Vaccination in the Punjab 1905-1918 - 1905-1918
Year: 1905
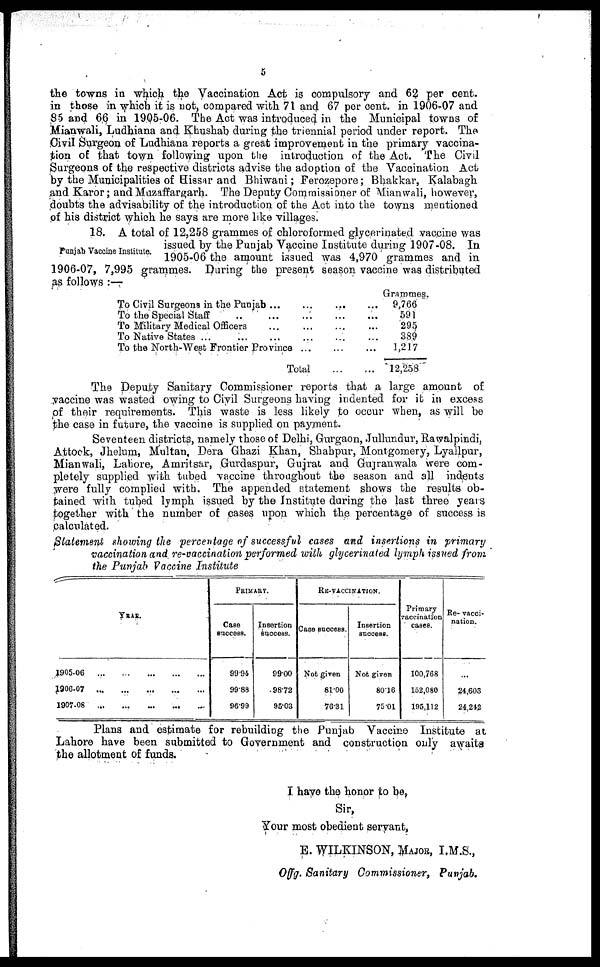
5
the towns in which the Vaccination Act is compulsory and 62 per cent.
in those in which it is not, compared with 71 and 67 per cent. in 1906-07 and
85 and 66 in 1905-06. The Act was introduced in the Municipal towns of
Mianwali, Ludhiana and Khushab during the triennial period under report. The
Civil Surgeon of Ludhiana reports a great improvement in the primary vaccina-
tion of that town following upon the introduction of the Act. The Civil
Surgeons of the respective districts advise the adoption of the Vaccination Act
by the Municipalities of Hissar and Bhiwani; Ferozepore; Bhakkar, Kalabagh
and Karor; and Muzaffargarh. The Deputy Commissioner of Mianwali, however,
doubts the advisability of the introduction of the Act into the towns mentioned
of his district which he says are more like villages.
Punjab Vaccine Institute.
18. A total of 12,258 grammes of chloroformed glycerinated vaccine was
issued by the Punjab Vaccine Institute during 1907-08. In
1905-06 the amount issued was 4,970 grammes and in
1906-07, 7,995 grammes. During the present season vaccine was distributed
as follows :—
To Civil Surgeons in the Punjab
...
...
...
To the Special Staff
...
...
...
...
To Military Medical Officers ... ... ...
To Native States ... ... ... ... ...
To the North-West Frontier Province ... ... ...
Total
...
...
Grammes.
9,766
591
295,
389
1,217
12,258
The Deputy Sanitary Commissioner reports that a large amount of
vaccine was wasted owing to Civil Surgeons having indented for it in excess
of their requirements. This waste is less likely to occur when, as will be
the case in future, the vaccine is supplied on payment.
Seventeen districts, namely those of Delhi, Gurgaon, Jullundur, Rawalpindi,
Attock, Jhelum, Multan, Dera Ghazi Khan, Shahpur, Montgomery, Lyallpur,
Mianwali, Lahore, Amritsar, Gurdaspur, Gujrat and Gujranwala were com-
pletely supplied with tubed vaccine throughout the season and all indents
were fully complied with. The appended statement shows the results ob-
tained with tubed lymph issued by the Institute during the last three years
together with the number of cases upon which the percentage of success is
calculated.
Statement showing the percentage of successful cases and insertions in primary
vaccination and re-vaccination performed with glycerinated lymph issued from
the Punjab Vaccine Institute
YEAR.
1905-06
...
...
...
...
1906-07
...
...
...
...
1907-08 ... ... ... ...
PRIMARY.
Case
success.
99.94
99.88
96.99
Insertion
success.
99.00
98.72
95.03
RE-VACCINATION
Case success.
Not given
81.00
76.31
Insertion
success.
Not given
80.16
75.01
Primary
vaccination
cases.
100,768
152,080
195,112
Re- vacci-
nation.
...
24,603
24,242
Plans and estimate for rebuilding the Punjab Vaccine Institute at
Lahore have been submitted to Government and construction only awaits
the allotment of funds.
I have the honor to be,
Sir,
Your most obedient servant,
E. WILKINSON, MAJOR, I.M.S.,
Offg. Sanitary Commissioner, Punjab.